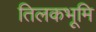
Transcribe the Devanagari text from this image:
तिलकभूमि